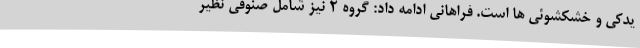
یدکی و خشکشوئی ها است. فراهانی ادامه داد: گروه ۲ نیز شامل صنوفی نظیر